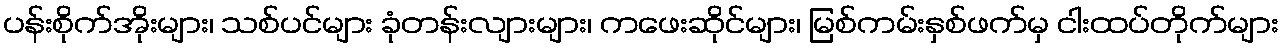
ပန်းစိုက်အိုးများ၊ သစ်ပင်များ ခုံတန်းလျားများ၊ ကဖေးဆိုင်များ၊ မြစ်ကမ်းနှစ်ဖက်မှ ငါးထပ်တိုက်များ